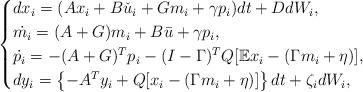
LaTeX: \begin{align*} \begin{cases}dx_i =( Ax_i +B\check u_i +G m_i+\gamma p_i) dt +D dW_i,\\ \dot {m_i} = (A + G)m_i +B\bar u +\gamma p_i,\\ \dot{ p_i} = -(A+G)^T p_i -(I-\Gamma)^T Q [\mathbb{E}x_i- (\Gamma m_i+\eta)],\\dy_i=\left\{-A^T y_i +Q[x_i-(\Gamma m_i+\eta)]\right\} dt +\zeta_i dW_i, \end{cases}\end{align*}